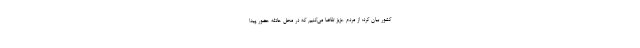
کشور بیان کرد: از مردم عزیز تقاضا می‌کنیم که در محل حادثه حضور پیدا